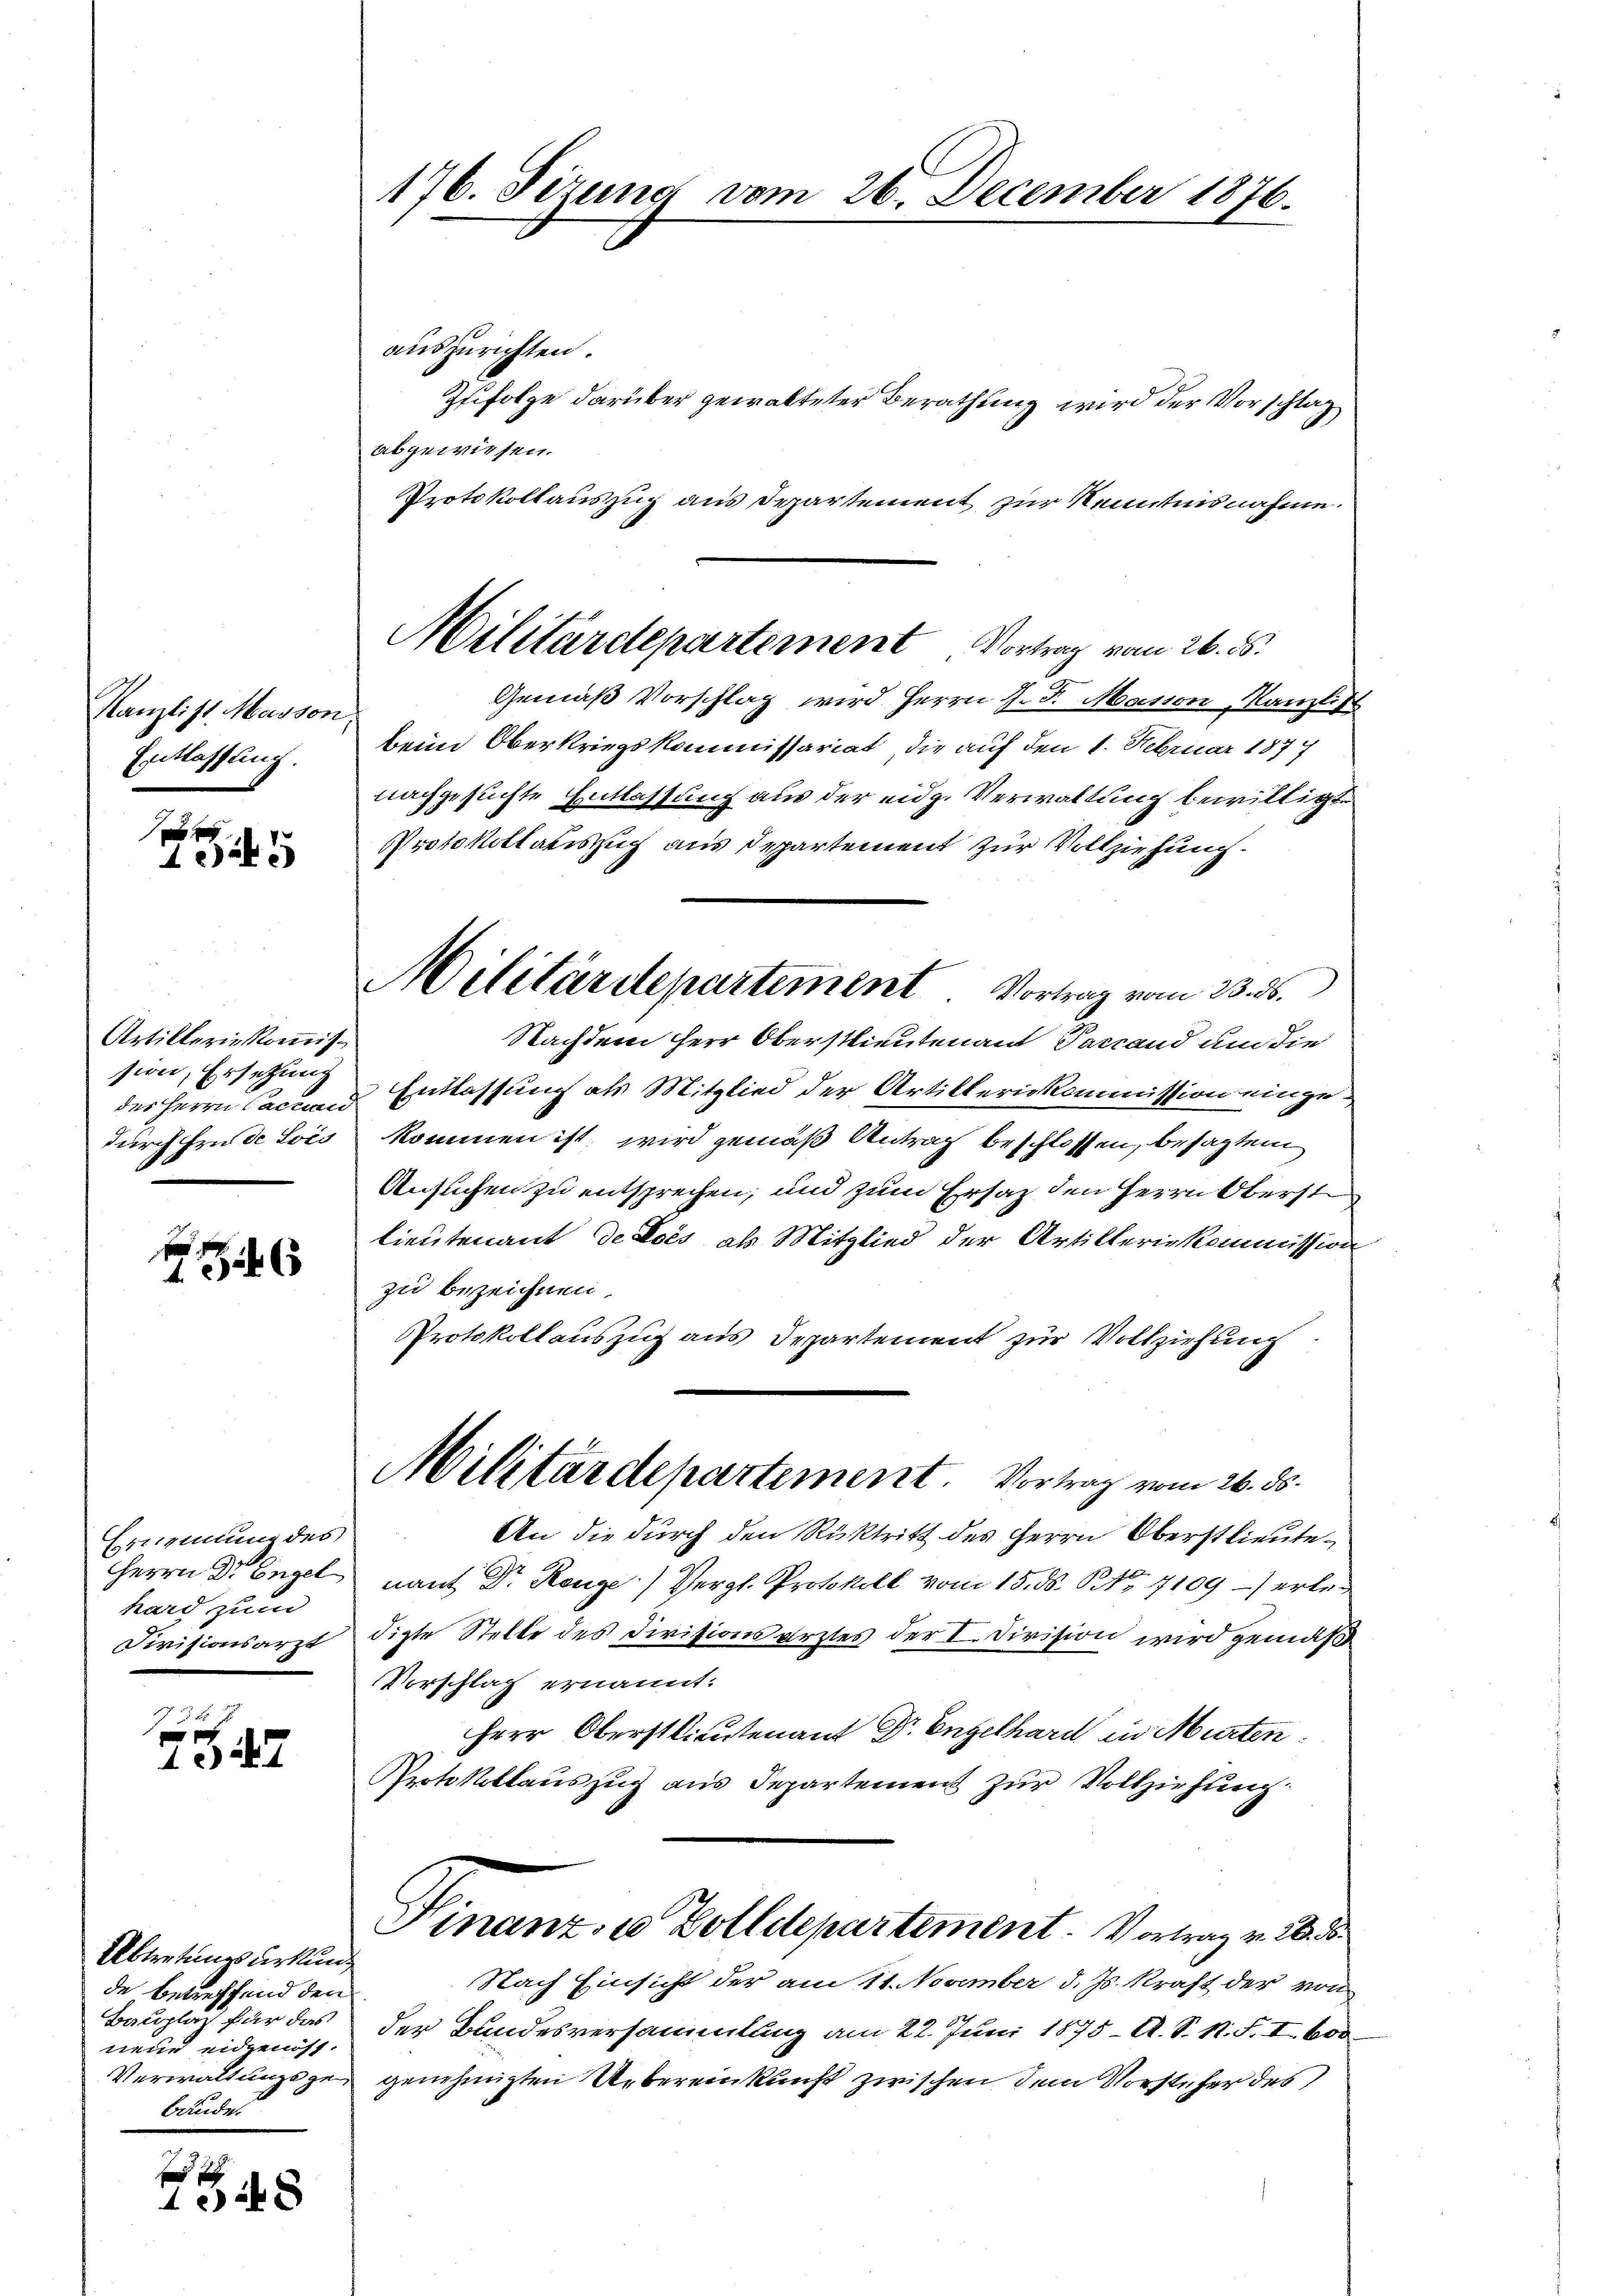
Kanzlist Masson
Entlassung.

x
125

Artilleriekommission, Ersetzung
des Herrn Cacuan
durch für de Lois

6

Erismung des
Herrn Dr Engel
hard zum
Divisionsarzt

Abtretungsurkung
de betreffend den
Bauplatz für das
neue eidgenöss.
Verwaltungsge
bäude.

ves des
108

176. Fizung vom

auszurichten.
Zufolge darüber gewalteter Berathung wird der Vorschlag
abgewiesen.
Protokollauszug aus Departement zur Kenntnisnahme.
Gemäß Vorschlag wird Herrn J. J. Masion, Kanzlist
beim Oberkriegskommissariat, die auf den 1. Februar 1877
nachgesuchte Entlassung aus der eidg. Verwaltung bewilligt.
Protokollauszug aus Departement zur Vollziehung.
Nachdem Herr Oberstlieutenant Parrand um die
Entlassung als Mitglied der Artilleriekommission eingekommen ist, wird gemäß Antrag beschlossen, besagten
Ansuchen zu entsprechen, und zum Ersatz den Herrn Oberst
lieutenant de ces als Mitglied der Artilleriekommission
zu bezeichnen
Protokollauszug aus Departement zur Vollziehung
Militärdepartement. Vortrag vom 26. ds.
An die durch den Rücktritt des Herrn Oberstlieutenant Dr. Range) Vergl. Protokoll vom 15. ds. S. Nr. 7109 - erledigte Stelle des Divisionsarztes der I. Division wird gemäß
Vorschlag ernannt:
hrer Oberstlieutenant Dr. Engelhard in Murten
Protokollauszug aus Departement zur Vollziehung:
Hinanz, u. Zolldepartement. Vortrag v. 28. 3
Nach Einsicht der am 11. November d. Js. kraft der von
der Bundesversammlung am 22. Juni 1875 - A. S. 1. F. I. 600
genehmigten Uebereinkunft zwischen dem Vorsteher des

Militärdepartement Vortrag vom 26. ds.

Militärdepartement. Vortrag vom 23. ds.

26. December 1876.